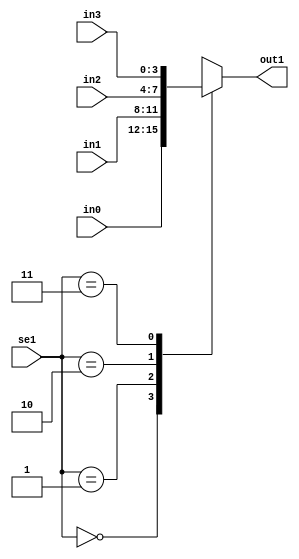
`timescale 1ns / 1ps
module mux(
input [3:0] in0,
input [3:0] in1,
input [3:0] in2,
input [3:0] in3,
input [1:0]se1,
output reg [3:0] out1
);
always @(se1 or in0 or in1 or in2 or in3)
begin
 case(se1)
 2'b00: out1=in0;
 2'b01: out1=in1;
 2'b10: out1=in2;
 2'b11: out1=in3;
 endcase
end 
 
    
endmodule